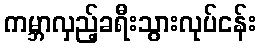
ကမ္ဘာလှည့်ခရီးသွားလုပ်ငန်း